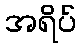
အရိပ်